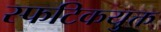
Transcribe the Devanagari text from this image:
स्फटिकयुक्त